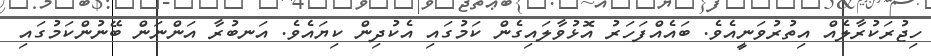
ހިޖުރަކުރާލެއް އިތުރުވަނީއެވެ. ބައެއްފަހަރު އޮޅުވާލައިގެން ކަމުގައި އެކުދިން ކިޔައެވެ. އަނބުރާ އަންނަން ބޭނުންކަމުގައި